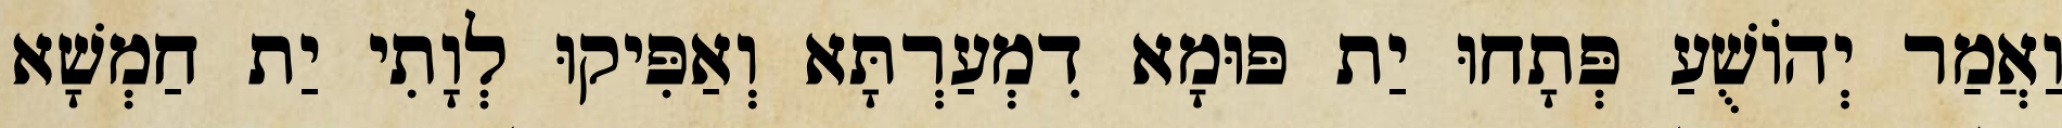
וַאֲמַר יְהוֹשֻׁעַ פְּתָחוּ יַת פּוּמָא דִמְעַרְתָּא וְאַפִּיקוּ לְוָתִי יַת חַמְשָׁא